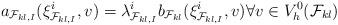
LaTeX: \begin{align*} a_{\mathcal{F}_{k l,I}}(\xi^i_{\mathcal{F}_{k l,I}},v)=\lambda_{\mathcal{F}_{k l,I}}^i b_{\mathcal{F}_{k l}}(\xi^i_{\mathcal{F}_{k l,I}}, v)\forall v\in V_h^0(\mathcal{F}_{k l})\end{align*}